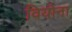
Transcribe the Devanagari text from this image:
वियोना